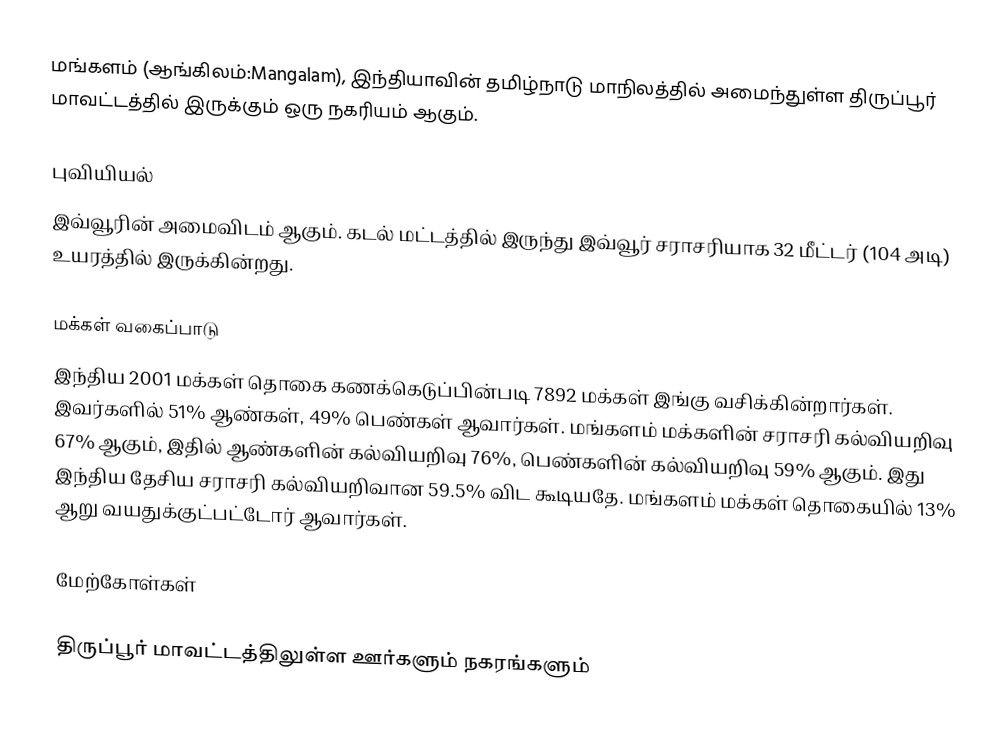
மங்களம் (ஆங்கிலம்:Mangalam), இந்தியாவின் தமிழ்நாடு மாநிலத்தில் அமைந்துள்ள திருப்பூர் மாவட்டத்தில் இருக்கும் ஒரு நகரியம்  ஆகும்.

புவியியல்
இவ்வூரின் அமைவிடம்  ஆகும். கடல் மட்டத்தில் இருந்து இவ்வூர் சராசரியாக 32 மீட்டர் (104 அடி) உயரத்தில் இருக்கின்றது.

மக்கள் வகைப்பாடு
இந்திய 2001 மக்கள் தொகை கணக்கெடுப்பின்படி 7892 மக்கள் இங்கு வசிக்கின்றார்கள். இவர்களில் 51% ஆண்கள், 49% பெண்கள் ஆவார்கள். மங்களம் மக்களின் சராசரி கல்வியறிவு 67% ஆகும்,  இதில் ஆண்களின் கல்வியறிவு 76%,  பெண்களின் கல்வியறிவு 59% ஆகும். இது இந்திய தேசிய சராசரி கல்வியறிவான 59.5% விட கூடியதே. மங்களம் மக்கள் தொகையில் 13%  ஆறு வயதுக்குட்பட்டோர் ஆவார்கள்.

மேற்கோள்கள்

திருப்பூர் மாவட்டத்திலுள்ள ஊர்களும் நகரங்களும்